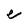
Character: e